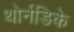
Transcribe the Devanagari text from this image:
थोर्नडिके